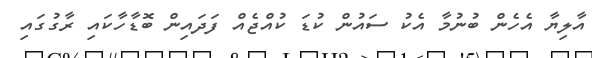
އާލިޔާ އެހެން ބުނުމާ އެކު ސައުން ކުޑަ ކުއްޖެއް ފަދައިން ބޮޑާހާކައި ރާގުގައި